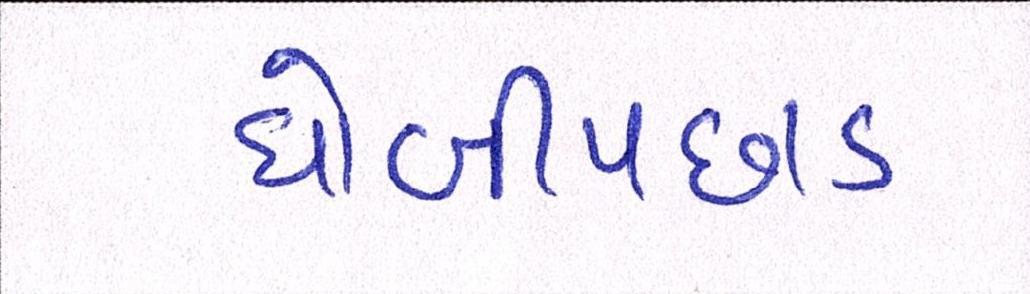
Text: ધોબીપછાડ